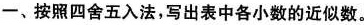
一、按照四舍五入法，写出表中各小数的近似数。